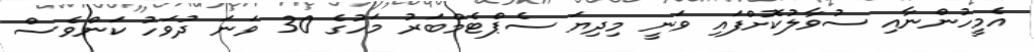
އެމީހުންނާއި ސުވާލުކޮށްފައި ވަނީ މިދިޔަ ސެޕްޓެމްބަރު މަހުގެ 30 ވަނަ ދުވަހު ކަންވެސް